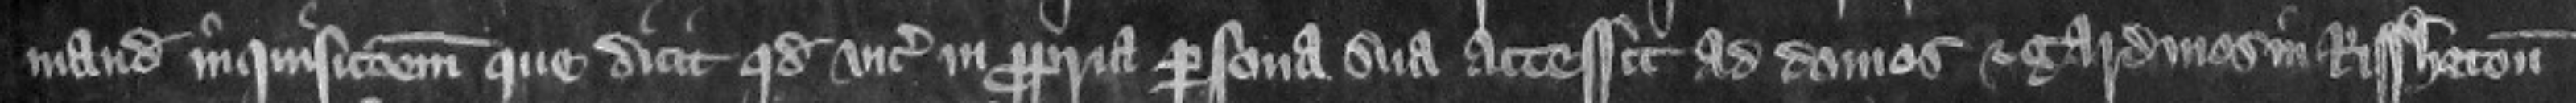
mandat inquisicionem. Que dicit quod vicecomes in propria persona sua accessit ad domos et gardinos in Rissheton